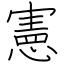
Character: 憲